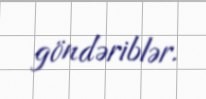
göndəriblər.